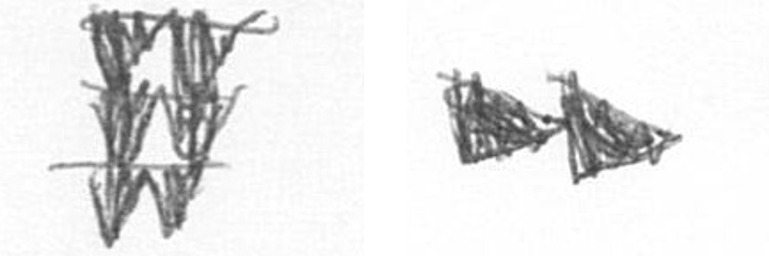
Y A